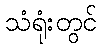
သံရုံးတွင်